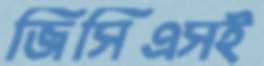
জিসিএসই